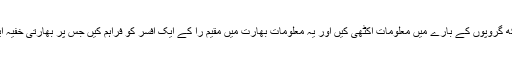
پراسیکیوٹر نے مزید بتایا کہ اس جوڑے نے کشمیری اور سکھ گروپوں کے بارے میں معلومات اکٹھی کیں اور یہ معلومات بھارت میں مقیم را کے ایک افسر کو فراہم کیں جس پر بھارتی خفیہ ایجنسی را نے جوڑے کو 7 ہزار 200 یورو بطور انعام دیئے۔